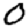
Digit: 0